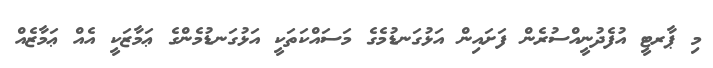
މި ޕާރޓީ އުފެދުނީއްސުރެން ފަށައިން އަޅުގަނޑުމެގެ މަސައްކަތަކީ އަޅުގަނޑުމެންގެ ޢަމާޒަކީ އެއް ޢަމާޒެއް